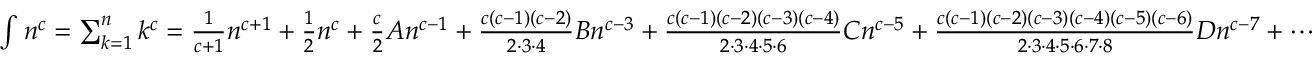
\textstyle \int n ^ { c } = \sum _ { k = 1 } ^ { n } k ^ { c } = { \frac { 1 } { c + 1 } } n ^ { c + 1 } + { \frac { 1 } { 2 } } n ^ { c } + { \frac { c } { 2 } } A n ^ { c - 1 } + { \frac { c ( c - 1 ) ( c - 2 ) } { 2 \cdot 3 \cdot 4 } } B n ^ { c - 3 } + { \frac { c ( c - 1 ) ( c - 2 ) ( c - 3 ) ( c - 4 ) } { 2 \cdot 3 \cdot 4 \cdot 5 \cdot 6 } } C n ^ { c - 5 } + { \frac { c ( c - 1 ) ( c - 2 ) ( c - 3 ) ( c - 4 ) ( c - 5 ) ( c - 6 ) } { 2 \cdot 3 \cdot 4 \cdot 5 \cdot 6 \cdot 7 \cdot 8 } } D n ^ { c - 7 } + \cdots